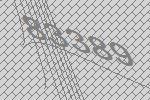
83389